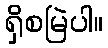
ရှိစမြဲပါ။